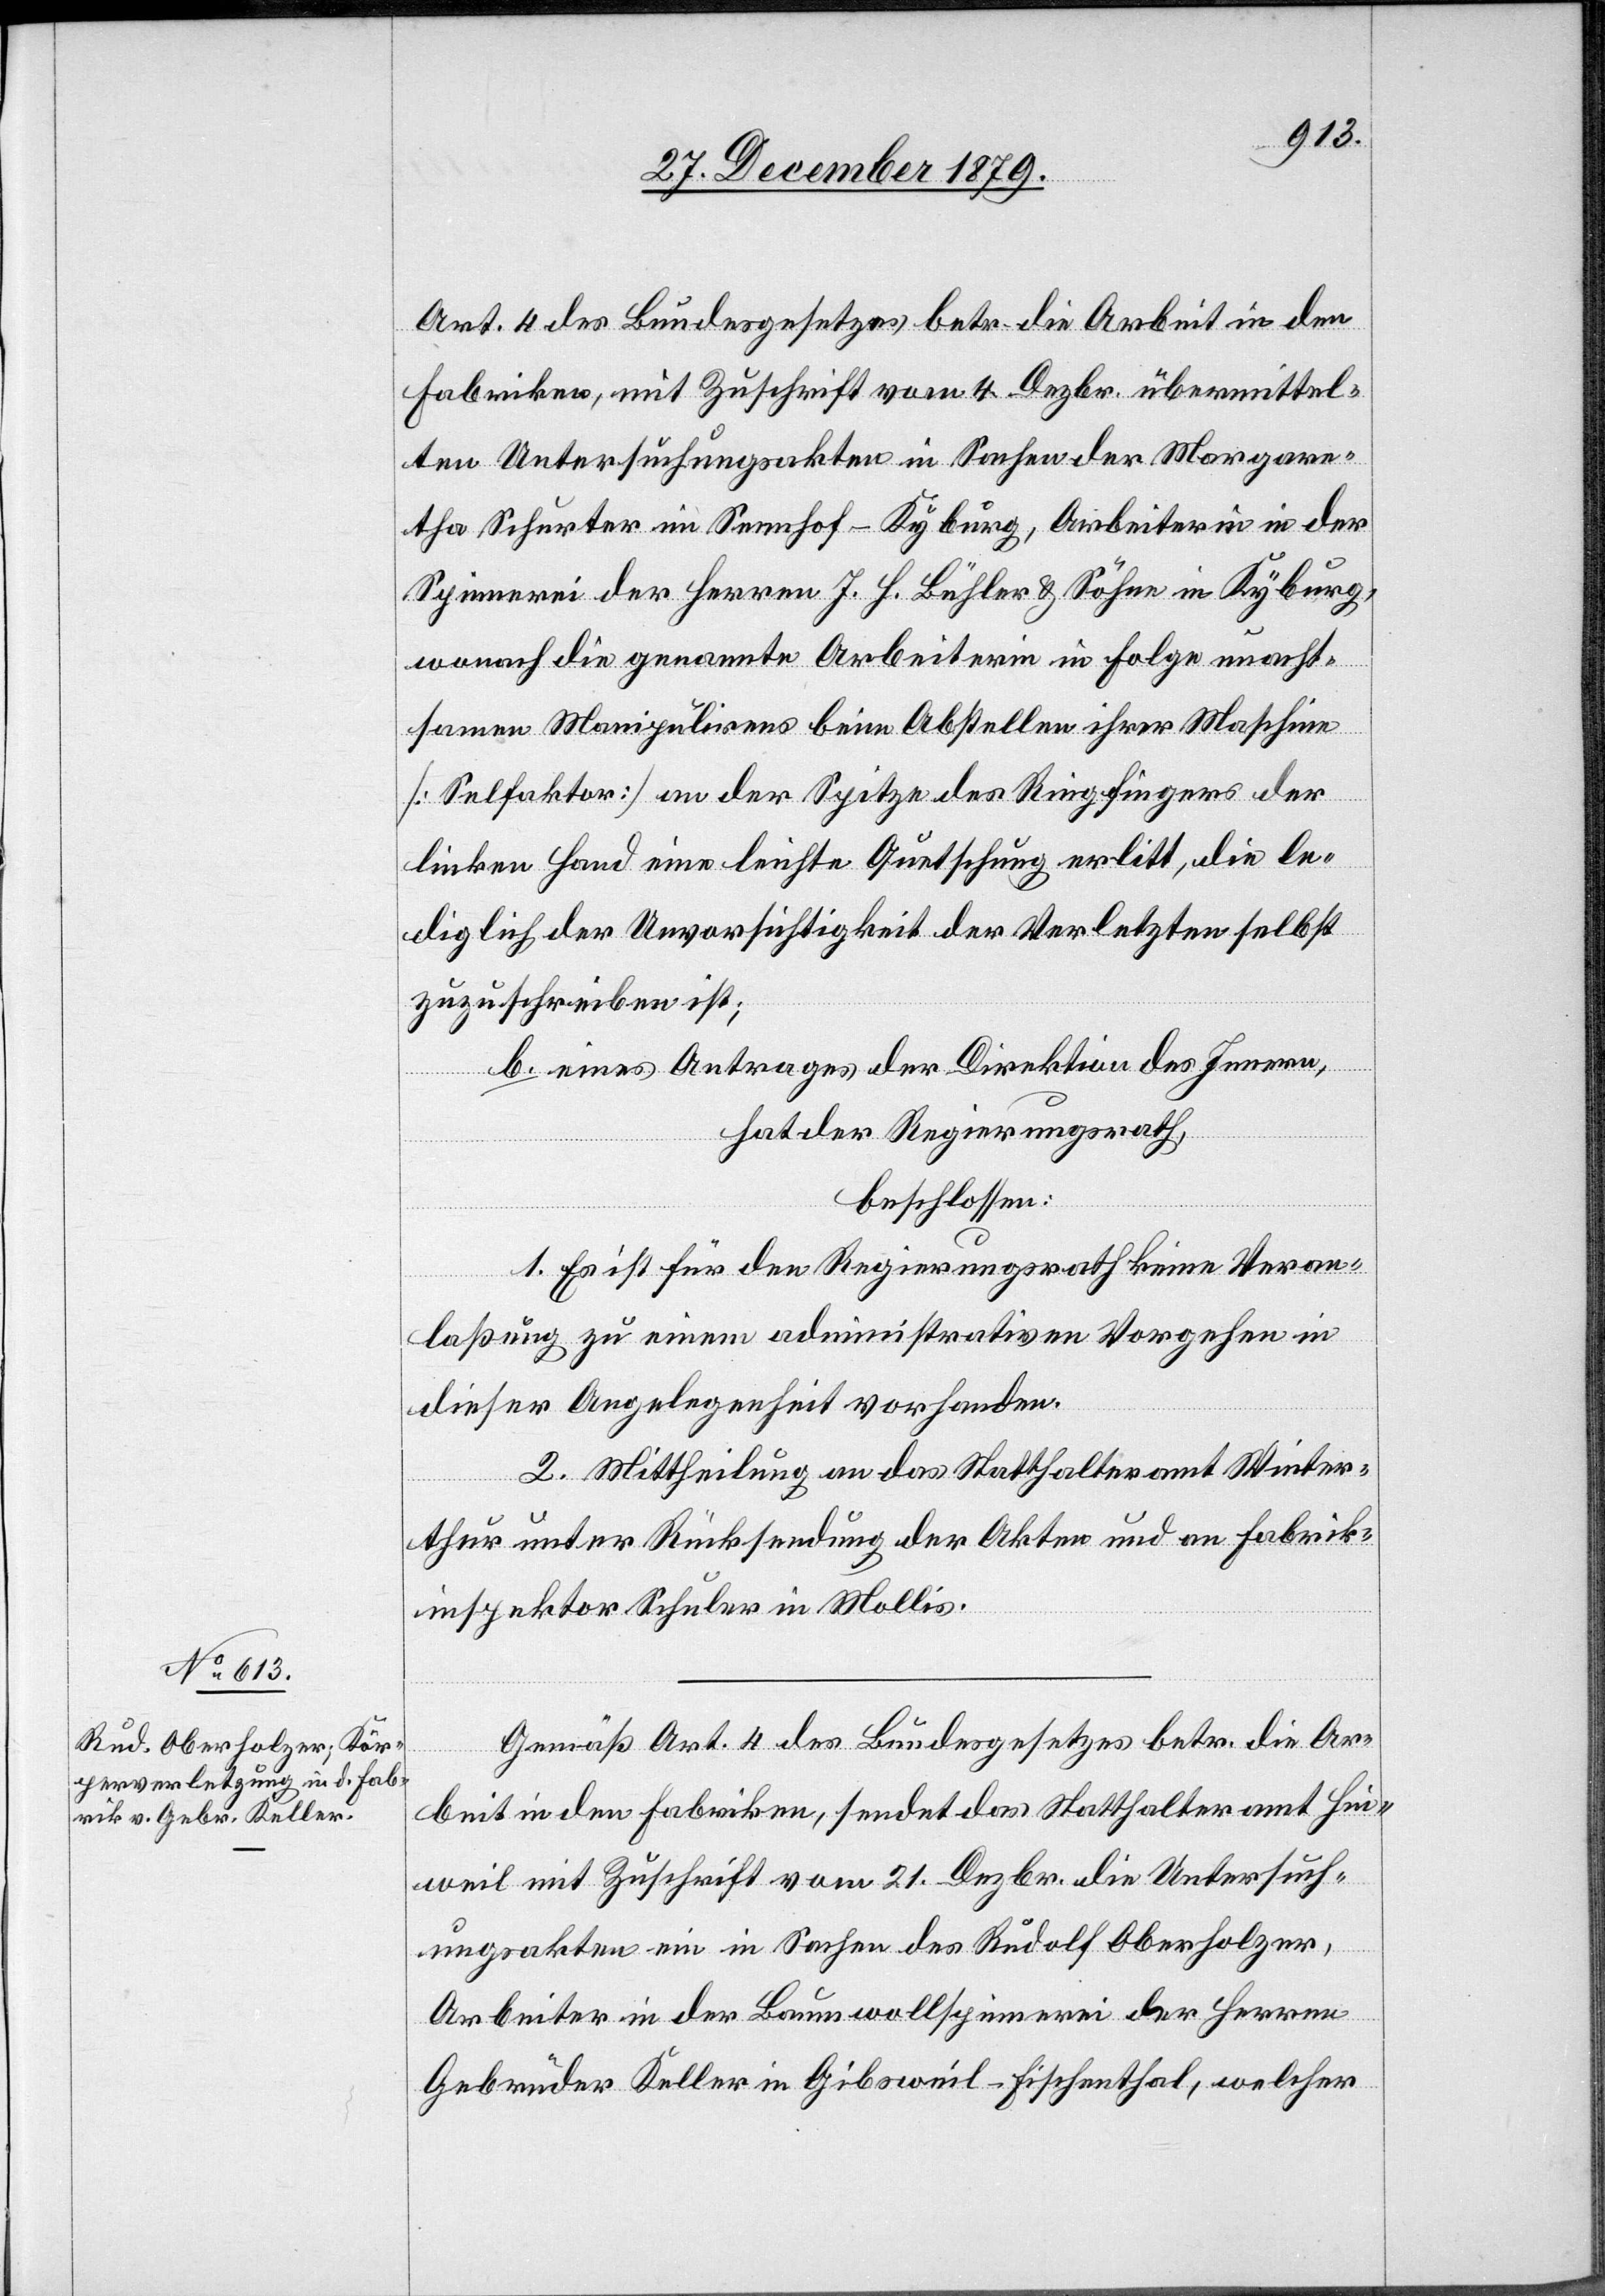
Art. 4 des Bundesgesetzes betr. die Arbeit in den
Fabriken, mit Zuschrift vom 4. Dezbr. übermittel¬
ten Untersuchungsakten in Sachen der Margare¬
tha Schurter im Sennhof - Kyburg, Arbeiterin in der
Spinnerei der Herren J. J. Bühler & Söhne in Kyburg
wonach die genannte Arbeiterin in Folge unacht¬
samen Manipulirens beim Abstellen ihrer Maschine
[Selfaktor] an der Spitze des Ringfingers der
linken Hand eine leichte Quetschung erlitt, die le¬
diglich der Unvorsichtigkeit der Verletzten selbst
zuzuschreiben ist;
b. eines Antrages der Direktion des Innern,
hat der Regierungsrath,
beschlossen:
1. Es ist für den Regierungsrath keine Veran¬
laßung zu einem administrativen Vorgehen in
dieser Angelegenheit vorhanden.
2. Mittheilung an das Statthalteramt Winter¬
thur unter Rücksendung der Akten und an Fabrik¬
inspektor Schuler in Mollis.
Gemäß Art. 4 des Bundesgesetzes betr. die Ar¬
beit in den Fabriken, sendet das Statthalteramt Hin¬
weil mit Zuschrift vom 21. Dezbr. die Untersuch¬
ungsakten ein in Sachen des Rudolf Oberholzer,
Arbeiter in der Baumwollspinnerei der Herren
Gebrüder Keller in Gibsweil - Fischenthal, welcher